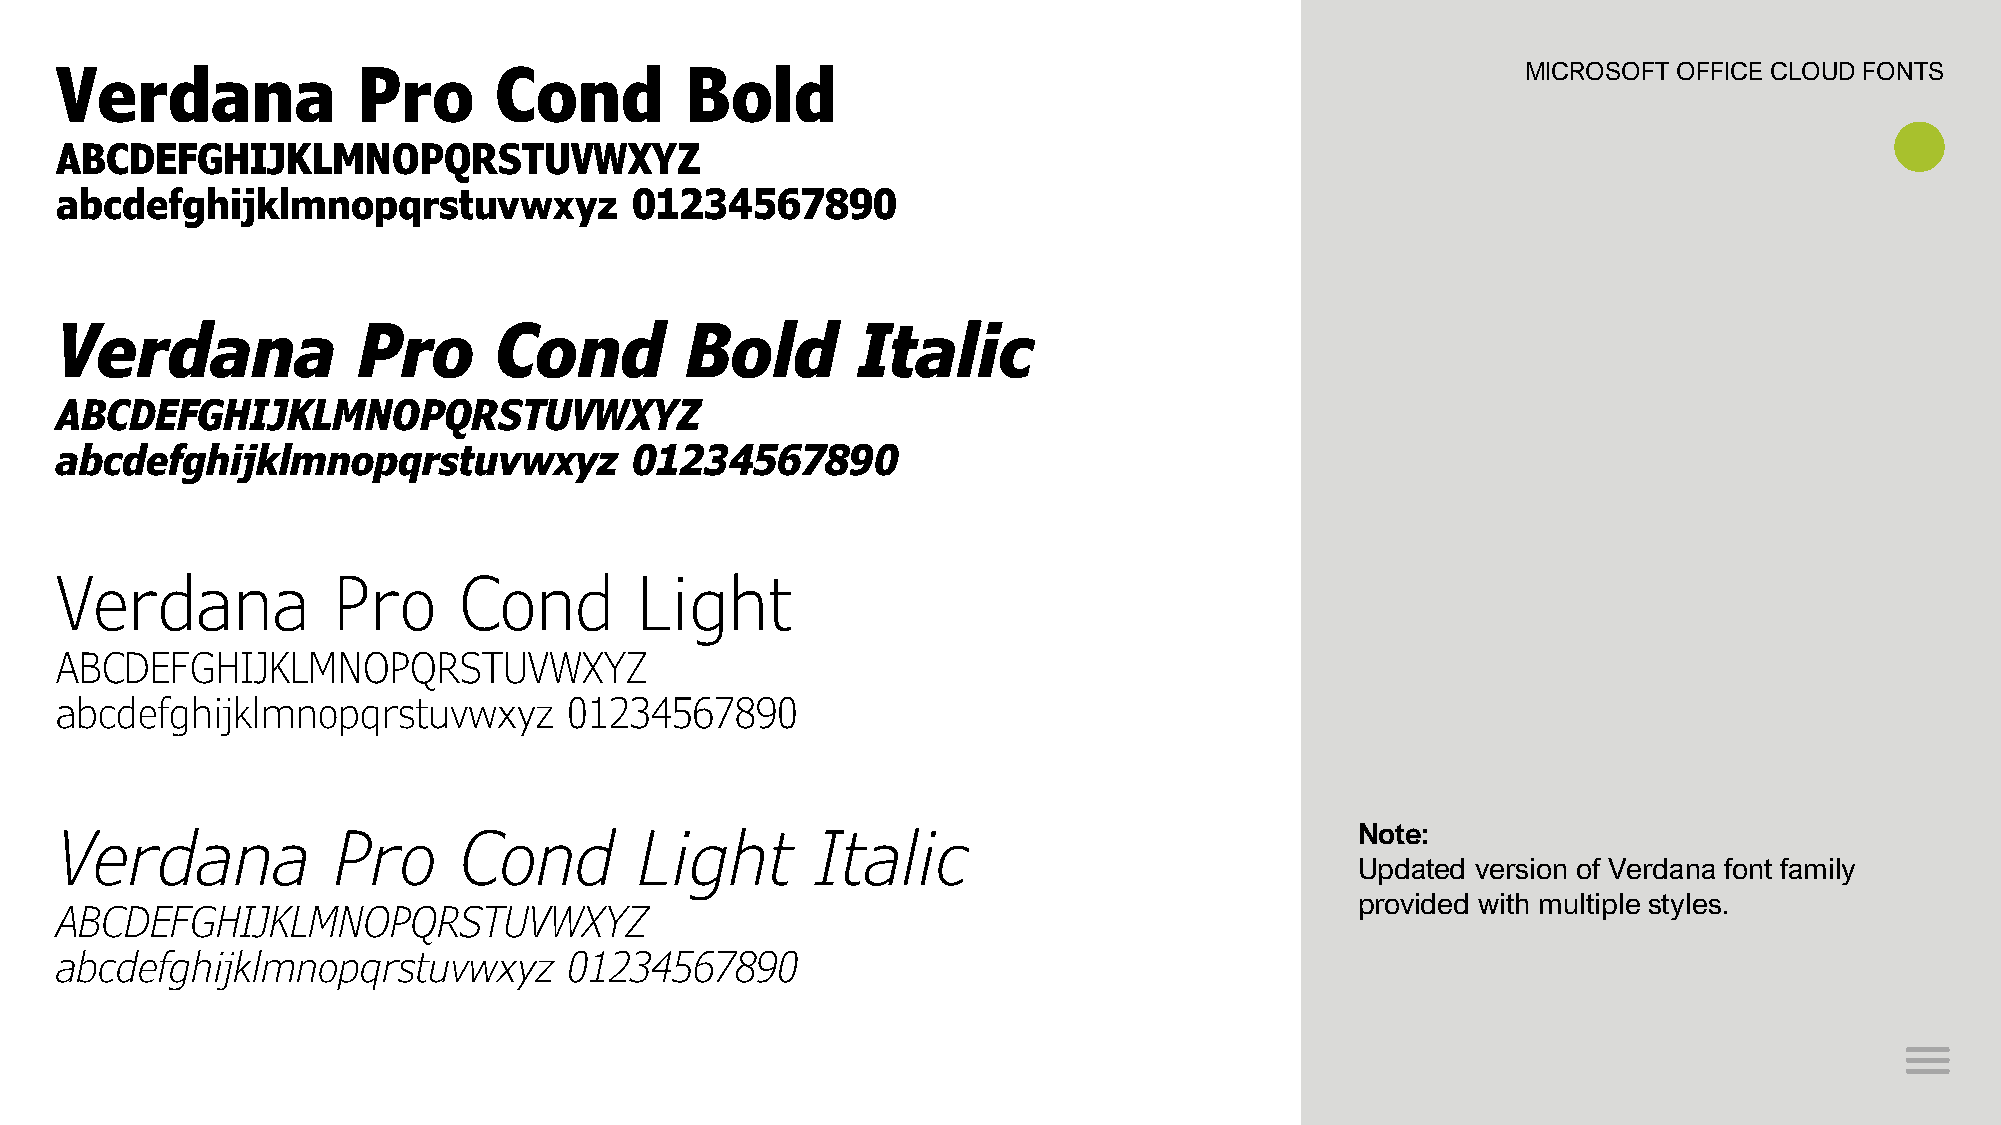
Verdana             Pro      Cond        Bold                                                    MICROSOFT OFFICE CLOUD FONTS
 ABCDEFGHIJKLMNOPQRSTUVWXYZ
 abcdefghijklmnopqrstuvwxyz            01234567890
 Verdana             Pro      Cond        Bold        Italic
 ABCDEFGHIJKLMNOPQRSTUVWXYZ
 abcdefghijklmnopqrstuvwxyz            01234567890
 Verdana           Pro     Cond        Light
 ABCDEFGHIJKLMNOPQRSTUVWXYZ
 abcdefghijklmnopqrstuvwxyz        01234567890
 Verdana           Pro     Cond        Light       Italic                              Note:
 Updated version of Verdana font family
 provided with multiple styles.
 ABCDEFGHIJKLMNOPQRSTUVWXYZ
 abcdefghijklmnopqrstuvwxyz        01234567890